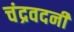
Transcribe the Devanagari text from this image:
चंद्रवदनी